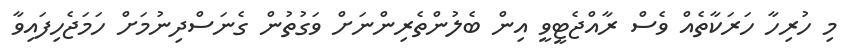
މި ހުރިހާ ހަރަކާތެއް ވެސް ރާއްޖެޓީވީ އިން ބެލުންތެރިންނަށް ވަގުތުން ގެނަސްދިނުމަށް ހަމަޖެހިފައިވާ